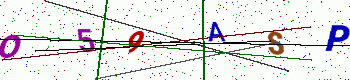
Text: O59ASP